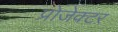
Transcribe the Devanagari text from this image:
प्रोजेक्‍टर